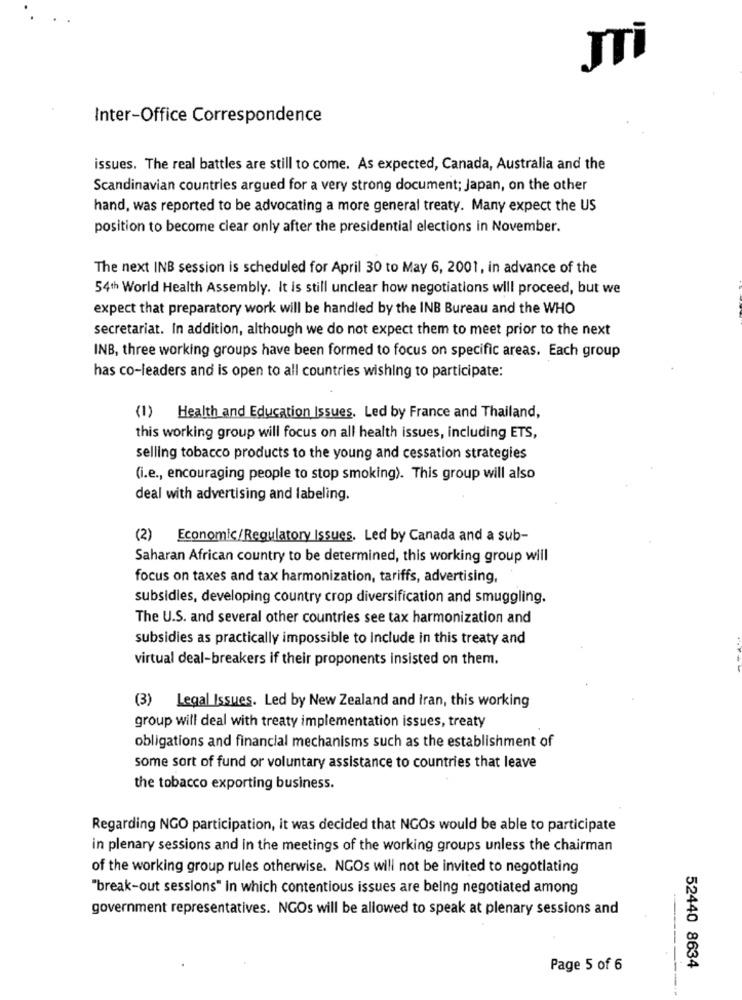
Inter-Office Correspondence
issues. The real battles are still to come. As expected, Canada, Australia and the
Scandinavian countries argued for a very strong document; Japan, on the other
hand, was reported to be advocating a more general treaty. Many expect the US
position to become clear only after the presidential elections in November.
The next INB session is scheduled for April 30 to May 6, 2001, in advance of the
54th World Health Assembly. It is still unclear how negotiations will proceed, but we
expect that preparatory work will be handled by the INB Bureau and the WHO
secretariat. In addition, although we do not expect them to meet prior to the next
INB, three working groups have been formed to focus on specific areas. Each group
has co-leaders and is open to all countries wishing to participate:
(1) Health and Education Issues. Led by France and Thailand,
this working group will focus on all health issues, including ETS,
selling tobacco products to the young and cessation strategies
(i.e ., encouraging people to stop smoking). This group will also
deal with advertising and labeling.
(2) Economic/Regulatory Issues. Led by Canada and a sub-
Saharan African country to be determined, this working group will
focus on taxes and tax harmonization, tariffs, advertising,
subsidies, developing country crop diversification and smuggling.
The U.S. and several other countries see tax harmonization and
subsidies as practically impossible to Include in this treaty and
virtual deal-breakers if their proponents insisted on them.
(3) Legal Issues. Led by New Zealand and Iran, this working
group will deal with treaty implementation issues, treaty
obligations and financial mechanisms such as the establishment of
some sort of fund or voluntary assistance to countries that leave
the tobacco exporting business.
Regarding NGO participation, it was decided that NGOs would be able to participate
in plenary sessions and in the meetings of the working groups unless the chairman
of the working group rules otherwise. NGOs will not be invited to negotiating
"break-out sessions" in which contentious issues are being negotiated among
government representatives. NGOs will be allowed to speak at plenary sessions and
Page 5 of 6
52440 8634